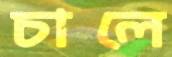
চালে